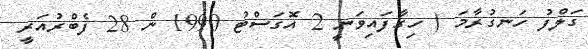
ގަލްފު ހަނގުރާމަ ( ހިގާފައިވަނީ 2 އޮގަސްޓު 1990 ން 28 ފެބްރުއަރީ